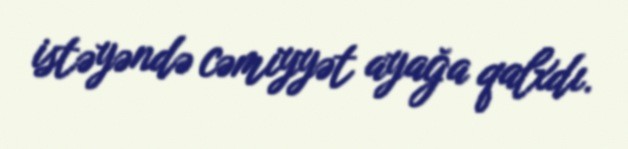
istəyəndə cəmiyyət ayağa qalxdı.